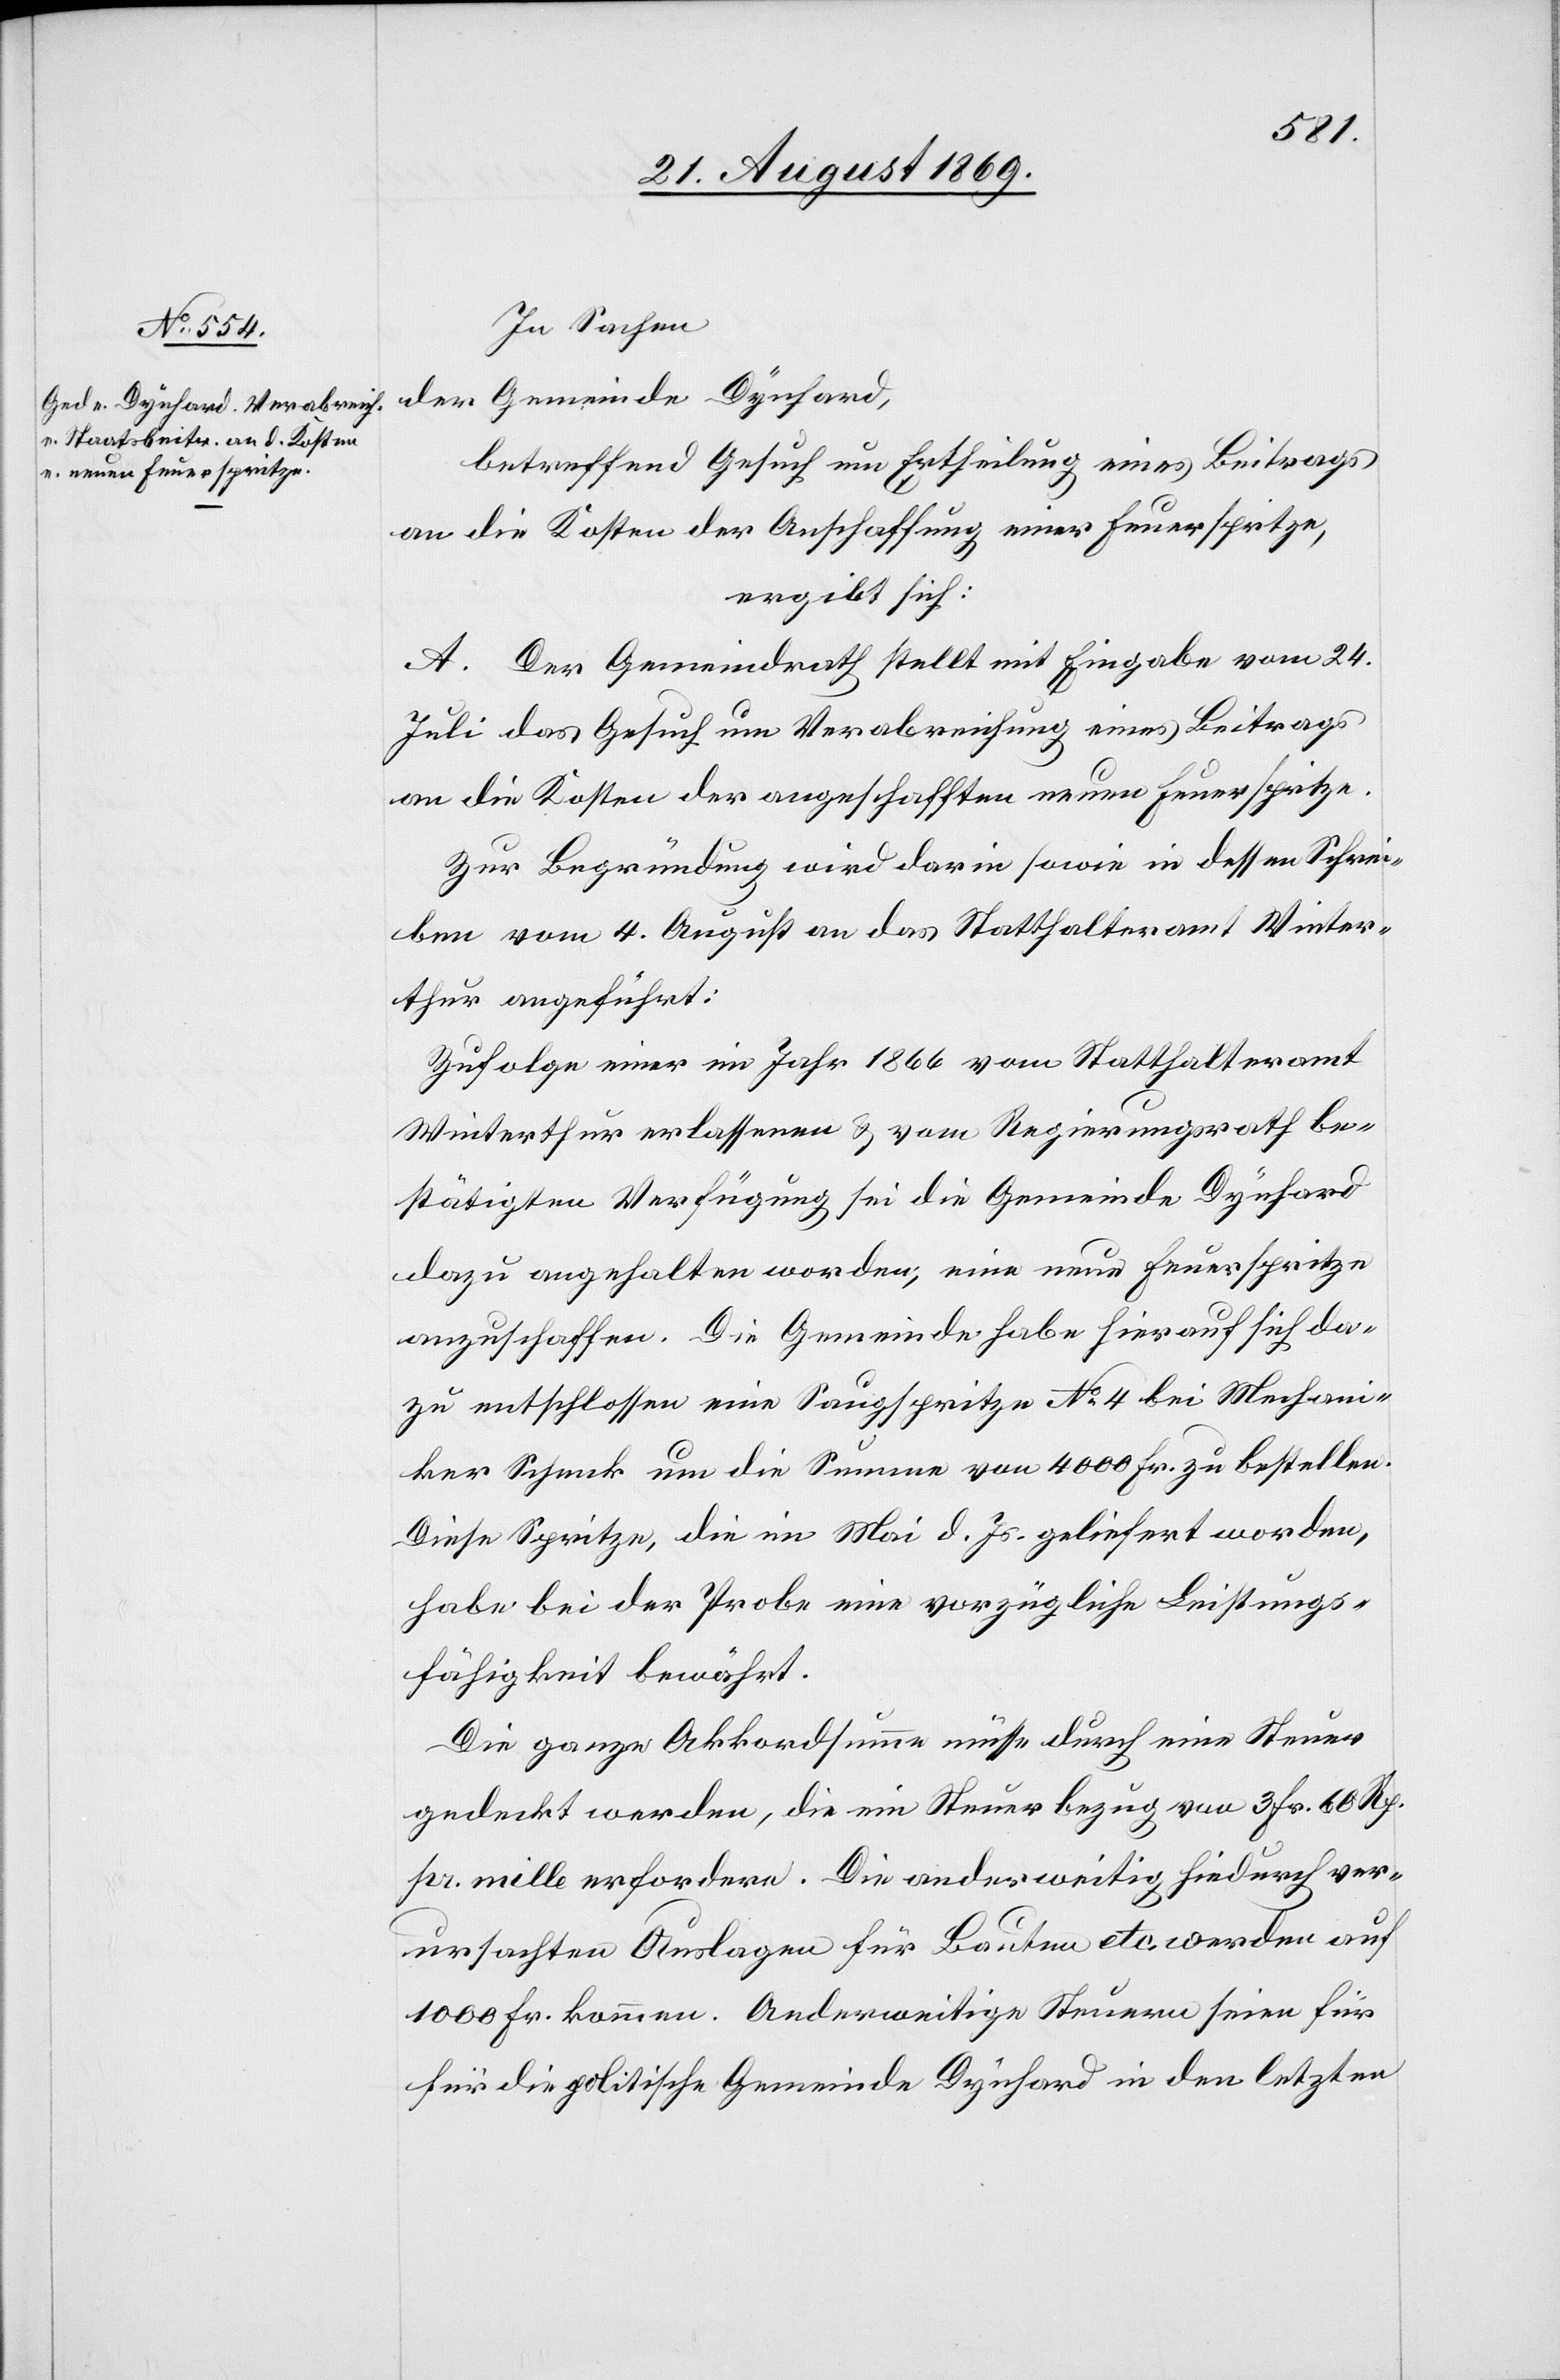
In Sachen
der Gemeinde Dynhard,
betreffend Gesuch um Ertheilung eines Beitrags
an die Kosten der Anschaffung einer Feuerspritze,
ergibt sich:
A. Der Gemeindrath stellt mit Eingabe vom 24.
Juli das Gesuch um Verabreichung eines Beitrags
an die Kosten der angeschafften neuen Feuerspritze.
Zur Begründung wird darin sowie in dessen Schrei¬
ben vom 4. August an das Statthalteramt Winter¬
thur angeführt:
Zufolge einer im Jahr 1866 vom Statthalteramt
Winterthur erlassenen & vom Regierungsrath be¬
stätigten Verfügung sei die Gemeinde Dynhard
dazu angehalten worden, eine neue Feuerspritze
anzuschaffen. Die Gemeinde habe hierauf sich da¬
zu entschlossen eine Saugspritze No 4 bei Mechan¬
iker Schenk um die Summe von 4000 Fr. zu bestellen.
Diese Spritze, die im Mai d. Js. geliefert worden,
habe bei der Probe eine vorzügliche Leistungs¬
fähigkeit bewährt.
Die ganze Akkordsumme müsse durch eine Steuer
gedeckt werden, die ein Steuerbezug von 3 Fr. 60 Rp.
pr. mille erfordere. Die anderweitig hiedurch ver¬
ursachten Auslagen für Bauten etc. werden auf
1000 Fr. kommen. Anderweitige Steuern seien für
die politische Gemeinde Dynhard in den letzten